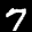
Label: 7